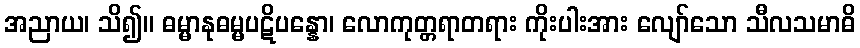
အညာယ၊ သိ၍။ ဓမ္မာနုဓမ္မပဋိပန္နော၊ လောကုတ္တရာတရား ကိုးပါးအား လျော်သော သီလသမာဓိ